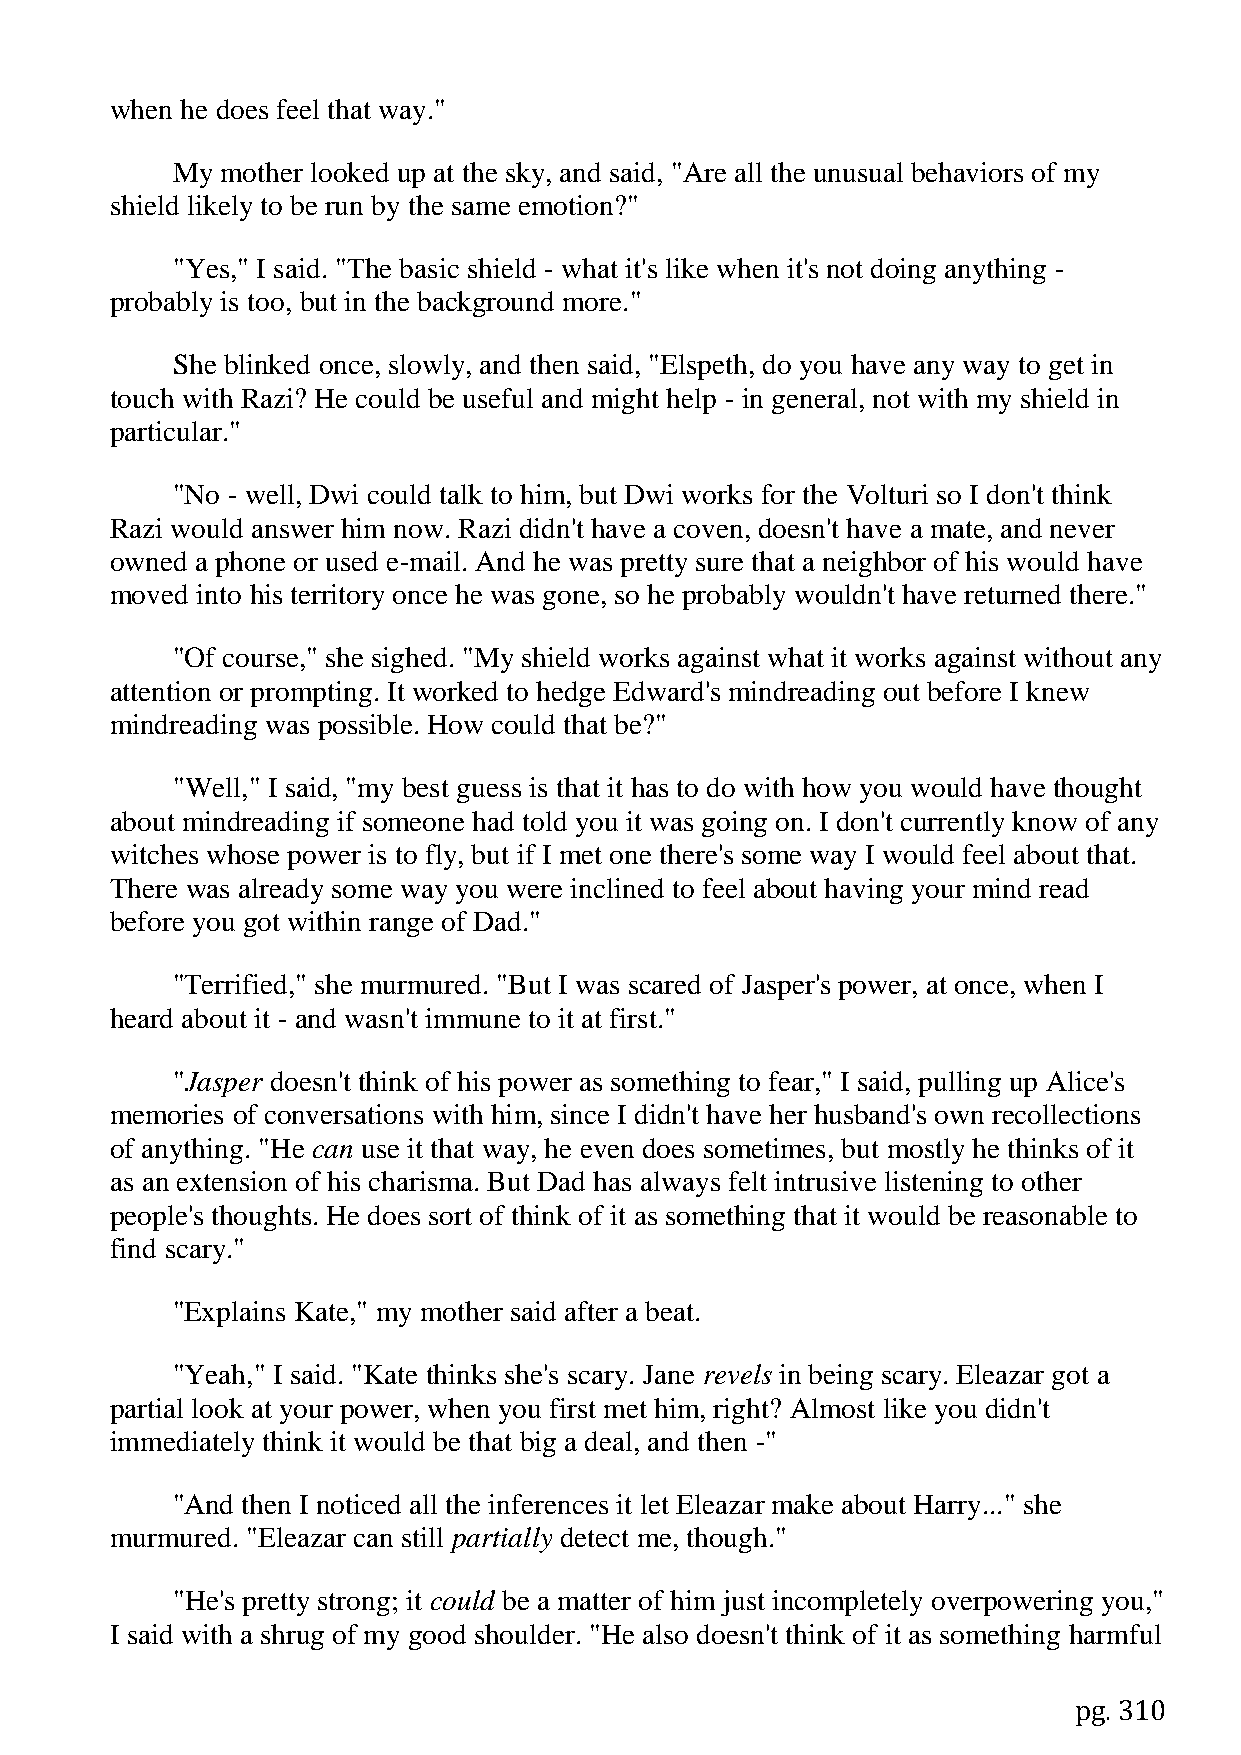
when he does feel that way."
 My  mother looked up at the sky, and said, "Are all the unusual behaviors of my
 shield likely to be run by the same emotion?"
 "Yes," I said. "The basic shield - what it's like when it's not doing anything -
 probably is too, but in the background more."
 She blinked once, slowly, and then said, "Elspeth, do you have any way to get in
 touch with Razi? He could be useful and might help - in general, not with my shield in
 particular."
 "No - well, Dwi could talk to him, but Dwi works for the Volturi so I don't think
 Razi would answer him now. Razi didn't have a coven, doesn't have a mate, and never
 owned a phone or used e-mail. And he was pretty sure that a neighbor of his would have
 moved into his territory once he was gone, so he probably wouldn't have returned there."
 "Of course," she sighed. "My shield works against what it works against without any
 attention or prompting. It worked to hedge Edward's mindreading out before I knew
 mindreading was possible. How could that be?"
 "Well," I said, "my best guess is that it has to do with how you would have thought
 about mindreading if someone had told you it was going on. I don't currently know of any
 witches whose power is to fly, but if I met one there's some way I would feel about that.
 There was already some way you were inclined to feel about having your mind read
 before you got within range of Dad."
 "Terrified," she murmured. "But I was scared of Jasper's power, at once, when I
 heard about it - and wasn't immune to it at first."
 "Jasper doesn't think of his power as something to fear," I said, pulling up Alice's
 memories of conversations with him, since I didn't have her husband's own recollections
 of anything. "He can use it that way, he even does sometimes, but mostly he thinks of it
 as an extension of his charisma. But Dad has always felt intrusive listening to other
 people's thoughts. He does sort of think of it as something that it would be reasonable to
 find scary."
 "Explains Kate," my mother said after a beat.
 "Yeah," I said. "Kate thinks she's scary. Jane revels in being scary. Eleazar got a
 partial look at your power, when you first met him, right? Almost like you didn't
 immediately think it would be that big a deal, and then -"
 "And then I noticed all the inferences it let Eleazar make about Harry..." she
 murmured. "Eleazar can still partially detect me, though."
 "He's pretty strong; it could be a matter of him just incompletely overpowering you,"
 I said with a shrug of my good shoulder. "He also doesn't think of it as something harmful
 pg. 310